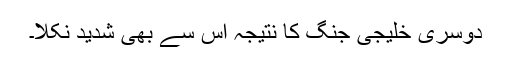
دوسری خلیجی جنگ کا نتیجہ اس سے بھی شدید نکلا۔